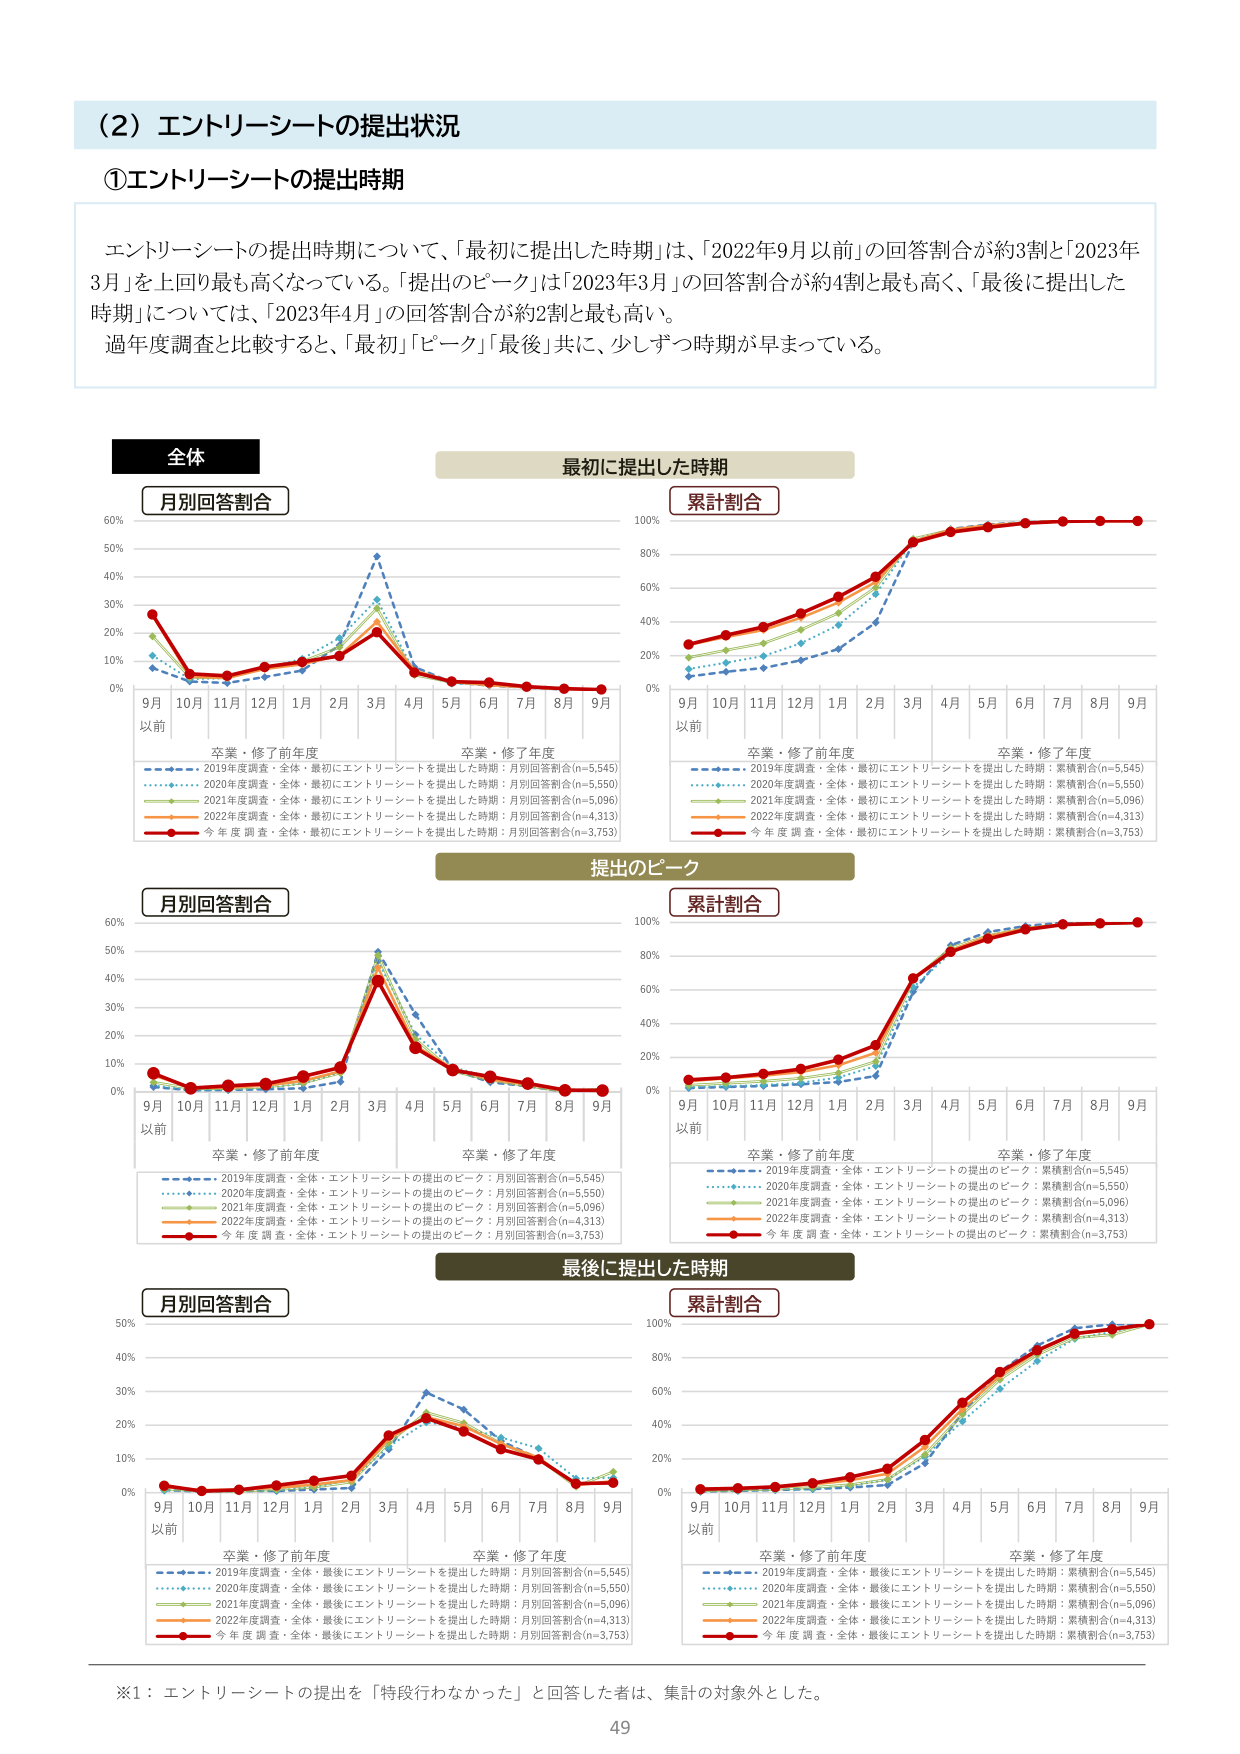
(2) エントリーシートの提出状況

①エントリーシートの提出時期

エントリーシートの提出時期について、「最初に提出した時期」は、「2022年9月以前」の回答割合が約3割と「2023年3月」を上回り最も高くなっている。「提出のピーク」は「2023年3月」の回答割合が約4割と最も高く、「最後に提出した時期」については、「2023年4月」の回答割合が約2割と最も高い。

過年度調査と比較すると、「最初」「ピーク」「最後」共に、少しずつ時期が早まっている。

全体

最初に提出した時期

月別回答割合

累計割合

9月以前 10月 11月 12月 1月 2月 3月 4月 5月 6月 7月 8月 9月

卒業・修了前年度 卒業・修了年度

- 2019年度調査・全体・最初にエントリーシートを提出した時期：月別回答割合(n=5,545)
- 2020年度調査・全体・最初にエントリーシートを提出した時期：月別回答割合(n=5,550)
- 2021年度調査・全体・最初にエントリーシートを提出した時期：月別回答割合(n=5,096)
- 2022年度調査・全体・最初にエントリーシートを提出した時期：月別回答割合(n=4,313)
- 今年度調査・全体・最初にエントリーシートを提出した時期：月別回答割合(n=3,753)

9月以前 10月 11月 12月 1月 2月 3月 4月 5月 6月 7月 8月 9月

卒業・修了前年度 卒業・修了年度

- 2019年度調査・全体・最初にエントリーシートを提出した時期：累積割合(n=5,545)
- 2020年度調査・全体・最初にエントリーシートを提出した時期：累積割合(n=5,550)
- 2021年度調査・全体・最初にエントリーシートを提出した時期：累積割合(n=5,096)
- 2022年度調査・全体・最初にエントリーシートを提出した時期：累積割合(n=4,313)
- 今年度調査・全体・最初にエントリーシートを提出した時期：累積割合(n=3,753)

提出のピーク

月別回答割合

累計割合

9月以前 10月 11月 12月 1月 2月 3月 4月 5月 6月 7月 8月 9月

卒業・修了前年度 卒業・修了年度

- 2019年度調査・全体・エントリーシートの提出のピーク：月別回答割合(n=5,545)
- 2020年度調査・全体・エントリーシートの提出のピーク：月別回答割合(n=5,550)
- 2021年度調査・全体・エントリーシートの提出のピーク：月別回答割合(n=5,096)
- 2022年度調査・全体・エントリーシートの提出のピーク：月別回答割合(n=4,313)
- 今年度調査・全体・エントリーシートの提出のピーク：月別回答割合(n=3,753)

9月以前 10月 11月 12月 1月 2月 3月 4月 5月 6月 7月 8月 9月

卒業・修了前年度 卒業・修了年度

- 2019年度調査・全体・エントリーシートの提出のピーク：累積割合(n=5,545)
- 2020年度調査・全体・エントリーシートの提出のピーク：累積割合(n=5,550)
- 2021年度調査・全体・エントリーシートの提出のピーク：累積割合(n=5,096)
- 2022年度調査・全体・エントリーシートの提出のピーク：累積割合(n=4,313)
- 今年度調査・全体・エントリーシートの提出のピーク：累積割合(n=3,753)

最後に提出した時期

月別回答割合

累計割合

9月以前 10月 11月 12月 1月 2月 3月 4月 5月 6月 7月 8月 9月

卒業・修了前年度 卒業・修了年度

- 2019年度調査・全体・最後にエントリーシートを提出した時期：月別回答割合(n=5,545)
- 2020年度調査・全体・最後にエントリーシートを提出した時期：月別回答割合(n=5,550)
- 2021年度調査・全体・最後にエントリーシートを提出した時期：月別回答割合(n=5,096)
- 2022年度調査・全体・最後にエントリーシートを提出した時期：月別回答割合(n=4,313)
- 今年度調査・全体・最後にエントリーシートを提出した時期：月別回答割合(n=3,753)

9月以前 10月 11月 12月 1月 2月 3月 4月 5月 6月 7月 8月 9月

卒業・修了前年度 卒業・修了年度

- 2019年度調査・全体・最後にエントリーシートを提出した時期：累積割合(n=5,545)
- 2020年度調査・全体・最後にエントリーシートを提出した時期：累積割合(n=5,550)
- 2021年度調査・全体・最後にエントリーシートを提出した時期：累積割合(n=5,096)
- 2022年度調査・全体・最後にエントリーシートを提出した時期：累積割合(n=4,313)
- 今年度調査・全体・最後にエントリーシートを提出した時期：累積割合(n=3,753)

※1：エントリーシートの提出を「特段行わなかった」と回答した者は、集計の対象外とした。

49